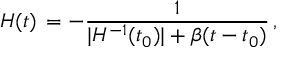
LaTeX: H ( t ) \, = - { \frac { 1 } { \vert H ^ { - 1 } ( t _ { 0 } ) \vert + \beta ( t - t _ { 0 } ) } } \, ,